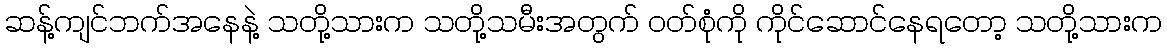
ဆန့်ကျင်ဘက်အနေနဲ့ သတို့သားက သတို့သမီးအတွက် ဝတ်စုံကို ကိုင်ဆောင်နေရတော့ သတို့သားက